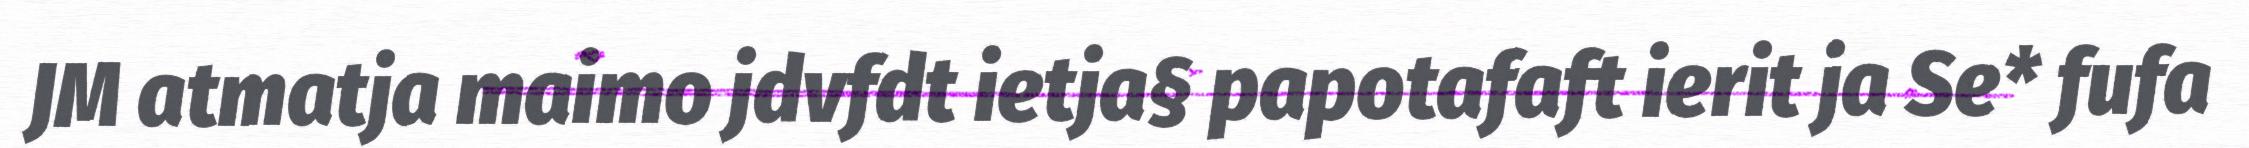
JM atmatja maimo jdvfdt ietja§ papotafaft ierit ja Se* fufa